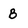
Character: B